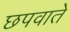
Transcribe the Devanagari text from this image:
छपवाते